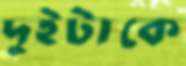
দুইটাকে